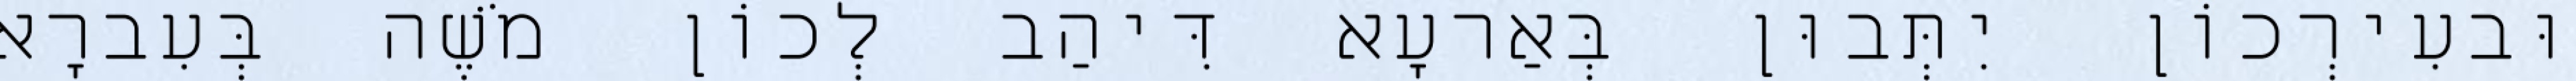
וּבעִירְכוֹן יִתְּבוּן בְּאַרעָא דִּיהַב לְכוֹן מֹשֶׁה בְּעִברָא